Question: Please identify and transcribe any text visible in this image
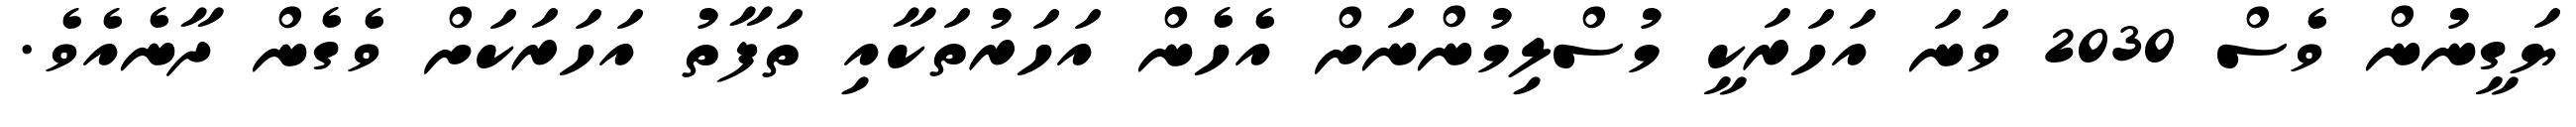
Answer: ޔަގީނުން ވެސް 2030 ވަނަ އަހަރަކީ މުސްލިމުންނަށް އެހެން އަހަރުތަކާއި ތަފާތު އަހަރަކަށް ވެގެން ދާނެއެވެ.